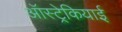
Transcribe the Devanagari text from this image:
ऑस्ट्रेकियाई